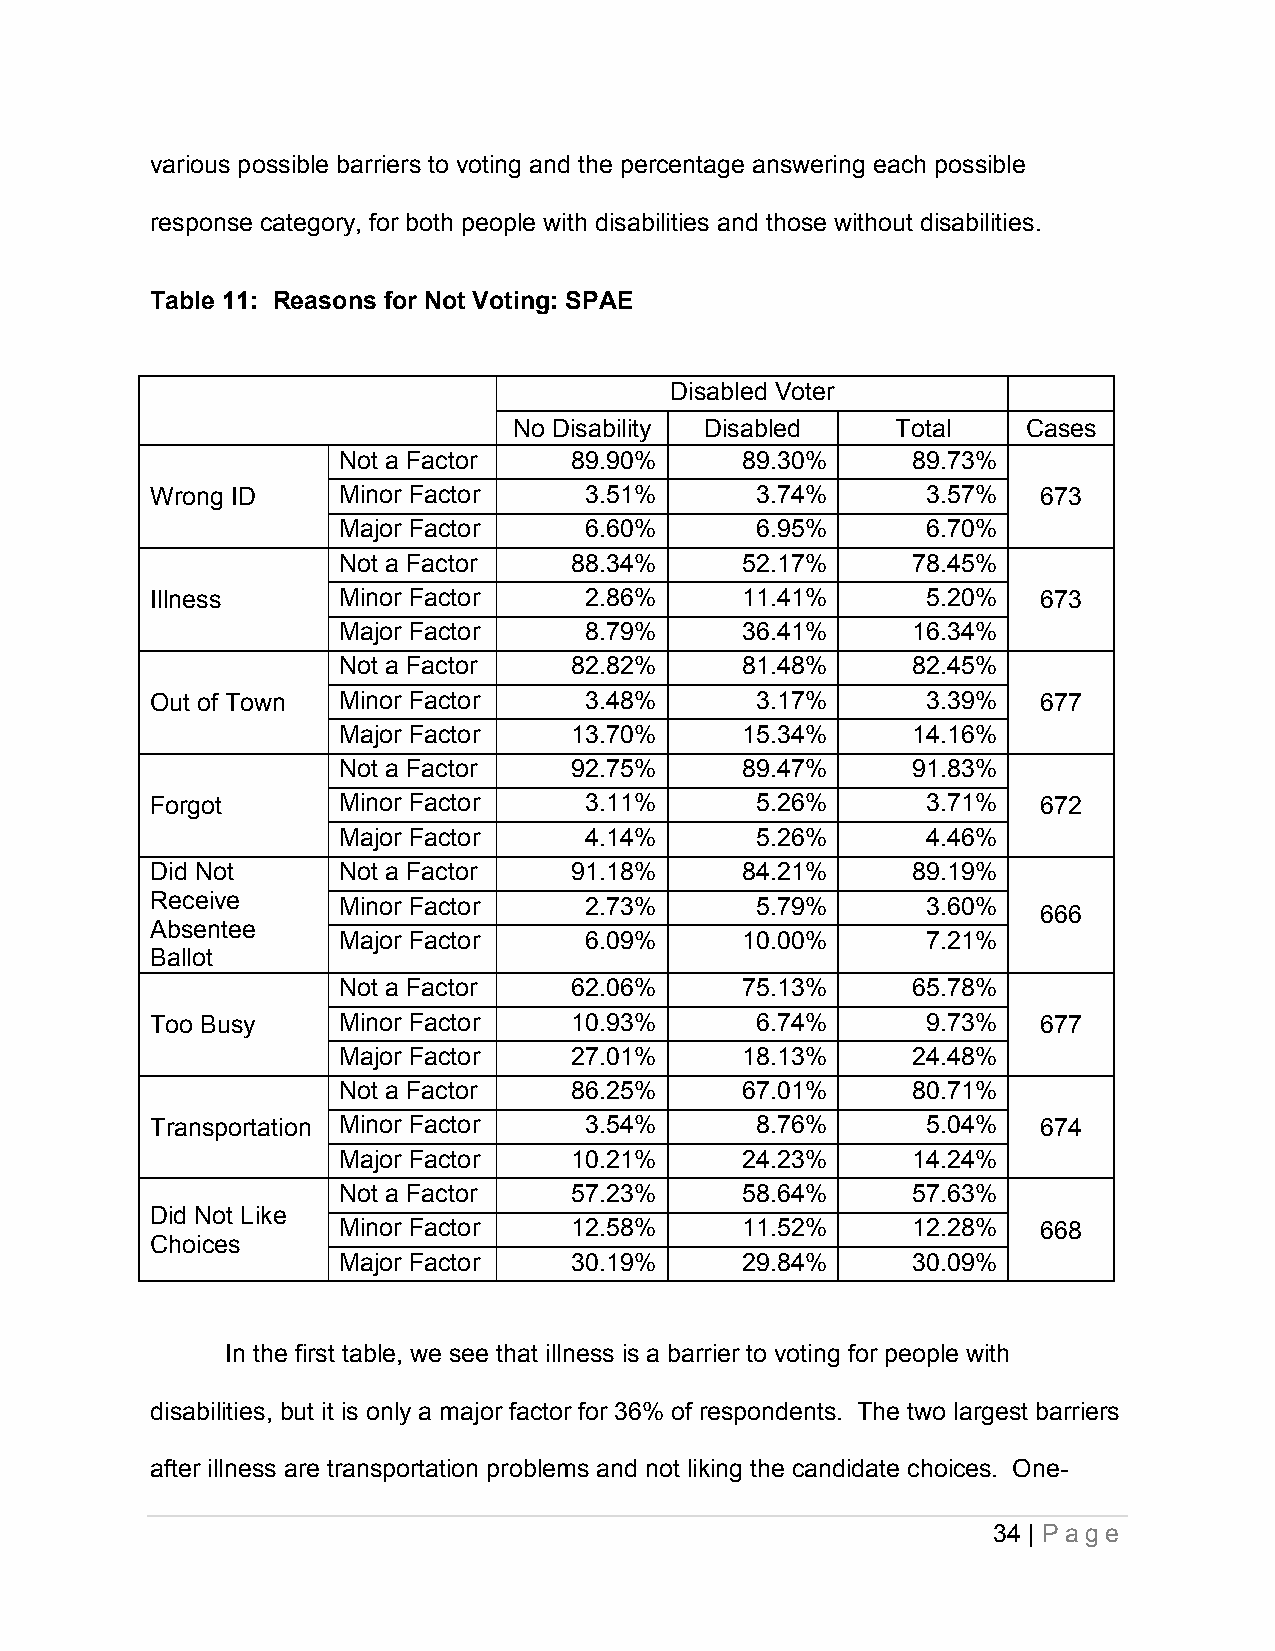
various possible barriers to voting and the percentage answering each possible
 response category, for both people with disabilities and those without disabilities.
 Table 11: Reasons for Not Voting: SPAE
 Disabled Voter
 No Disability Disabled   Total    Cases
 Not a Factor    89.90%     89.30%     89.73%
 Wrong ID    Minor Factor     3.51%      3.74%      3.57%   673
 Major Factor     6.60%      6.95%      6.70%
 Not a Factor    88.34%     52.17%     78.45%
 Illness     Minor Factor     2.86%     11.41%      5.20%   673
 Major Factor     8.79%     36.41%     16.34%
 Not a Factor    82.82%     81.48%     82.45%
 Out of Town Minor Factor     3.48%      3.17%      3.39%   677
 Major Factor    13.70%     15.34%     14.16%
 Not a Factor    92.75%     89.47%     91.83%
 Forgot      Minor Factor     3.11%      5.26%      3.71%   672
 Major Factor     4.14%      5.26%      4.46%
 Did Not     Not a Factor    91.18%     84.21%     89.19%
 Receive     Minor Factor     2.73%      5.79%      3.60%
 666
 Absentee
 Major Factor     6.09%     10.00%      7.21%
 Ballot
 Not a Factor    62.06%     75.13%     65.78%
 Too Busy    Minor Factor    10.93%      6.74%      9.73%   677
 Major Factor    27.01%     18.13%     24.48%
 Not a Factor    86.25%     67.01%     80.71%
 Transportation Minor Factor  3.54%      8.76%      5.04%   674
 Major Factor    10.21%     24.23%     14.24%
 Not a Factor    57.23%     58.64%     57.63%
 Did Not Like
 Minor Factor    12.58%     11.52%     12.28%   668
 Choices
 Major Factor    30.19%     29.84%     30.09%
 In the first table, we see that illness is a barrier to voting for people with
 disabilities, but it is only a major factor for 36% of respondents. The two largest barriers
 after illness are transportation problems and not liking the candidate choices. One-
 34 | P a ge